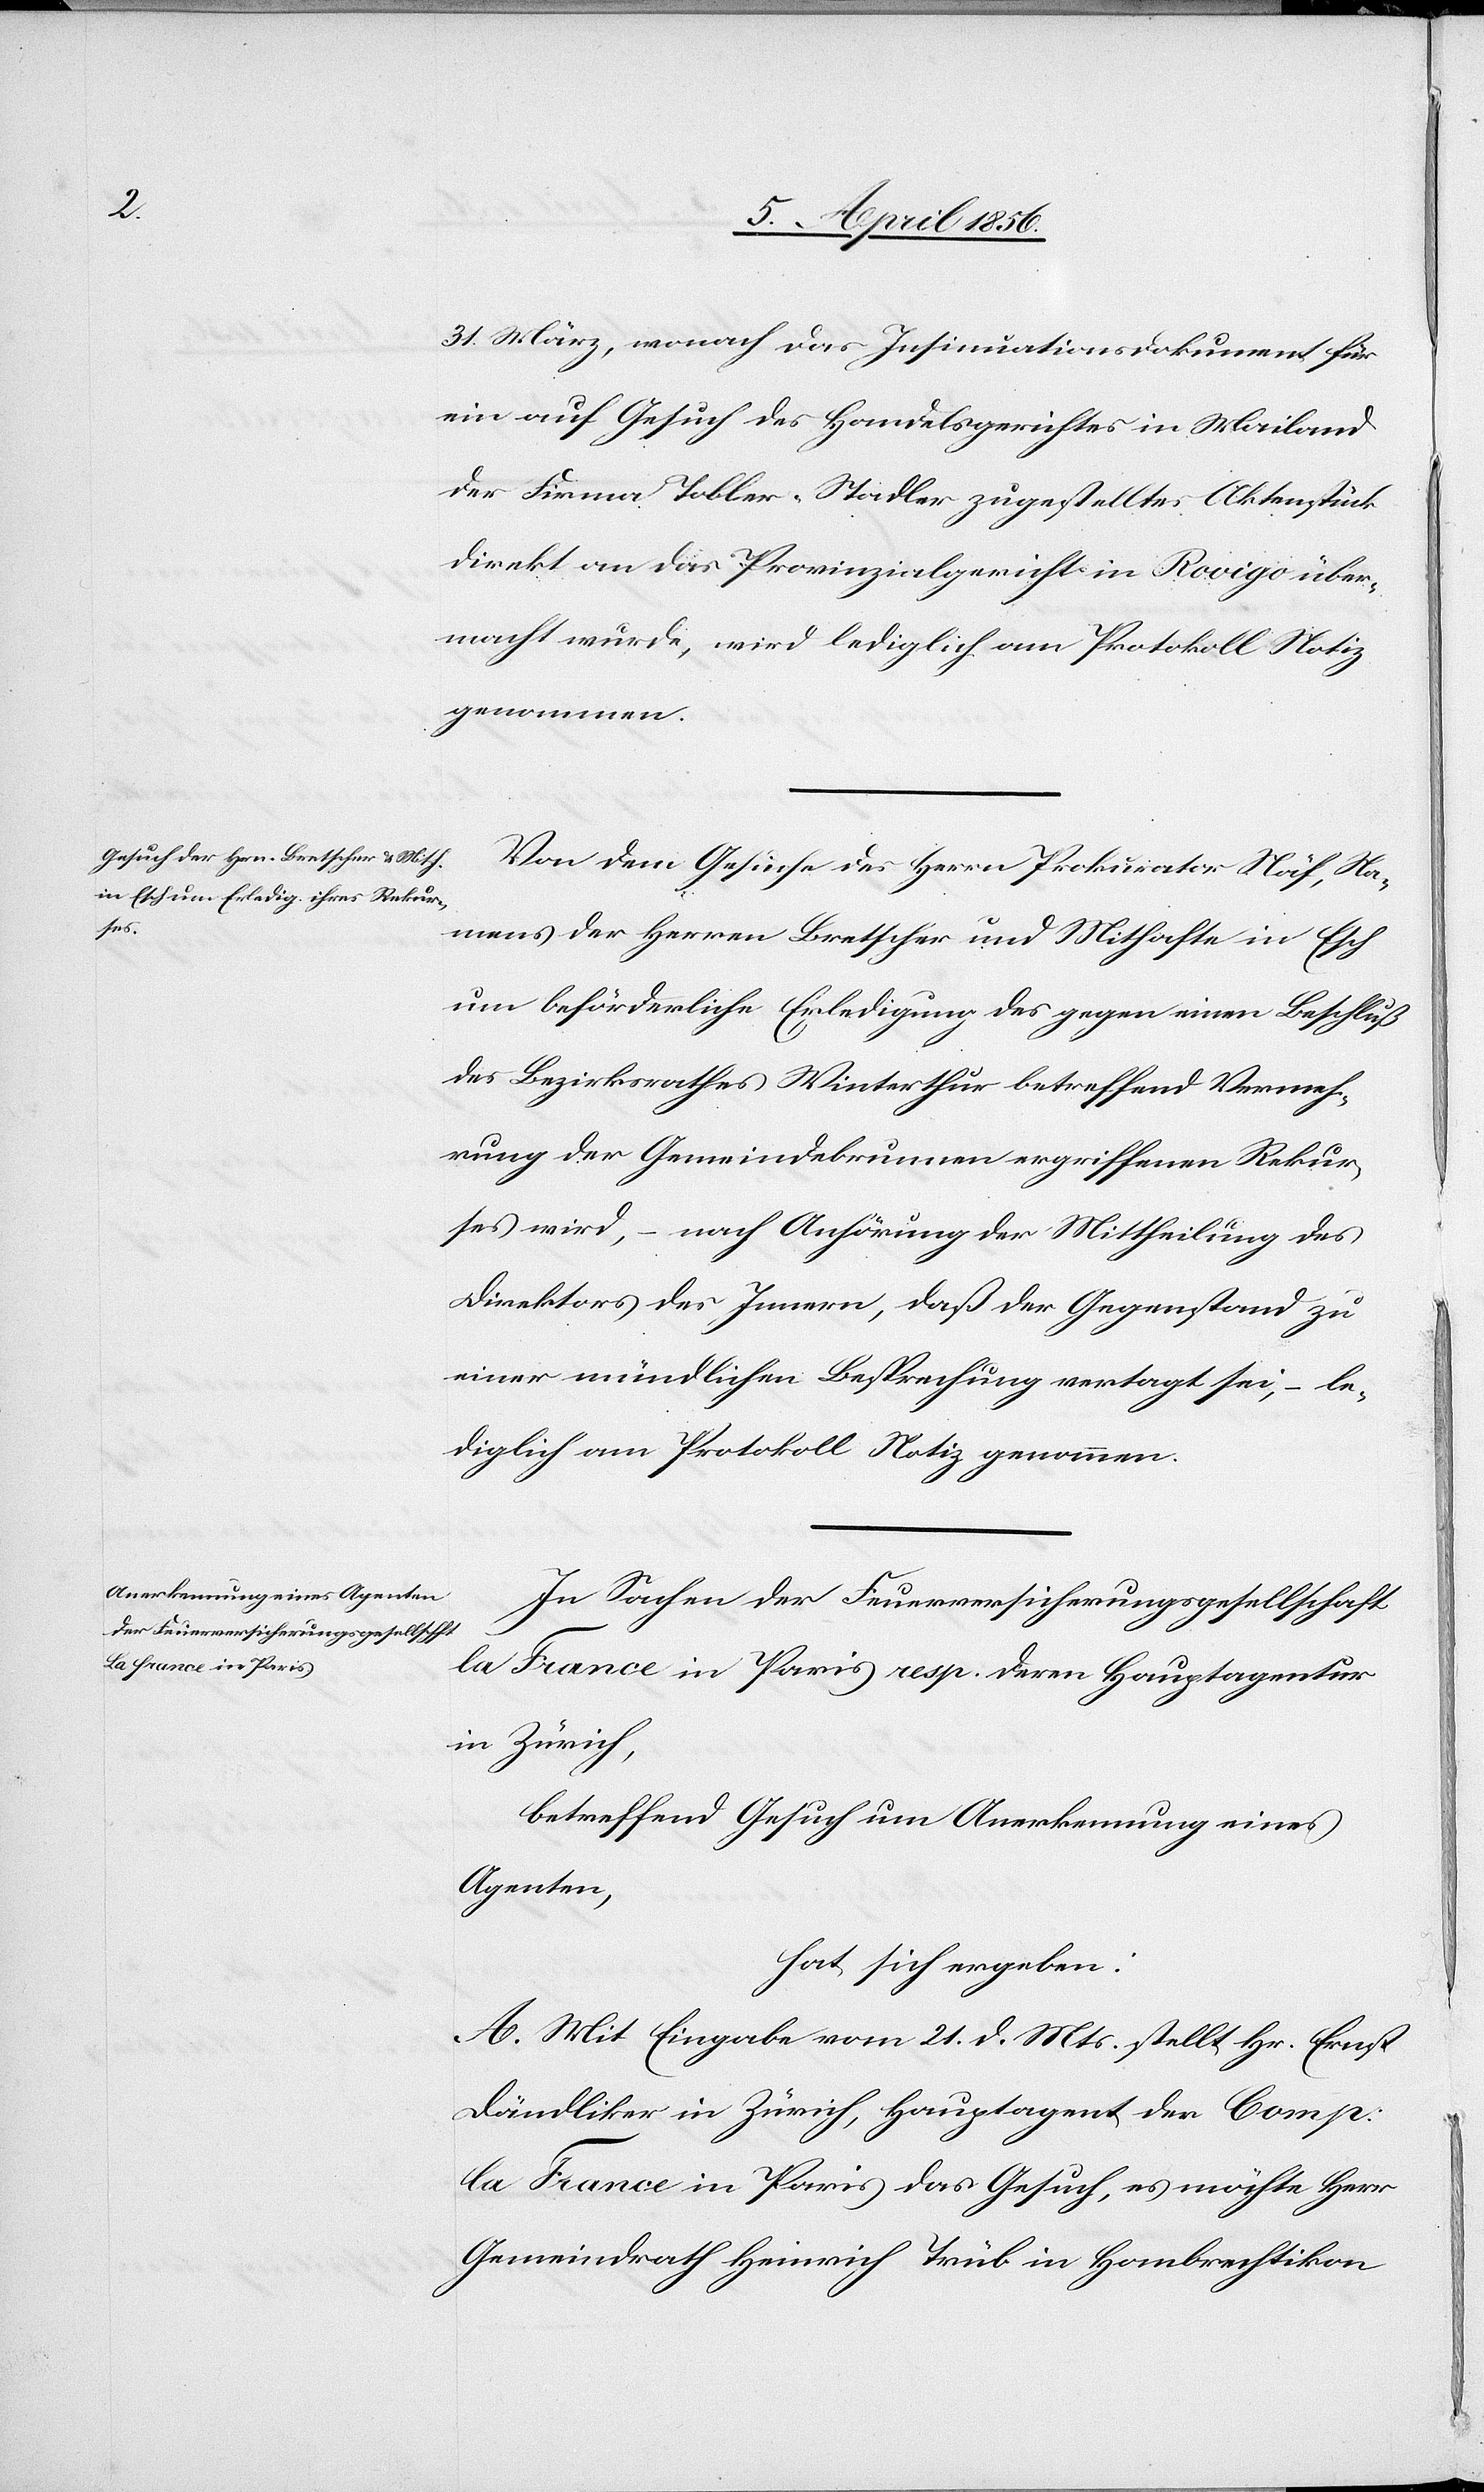
31. März, wonach das Insinuationsdokument für
ein auf Gesuch des Handelsgerichtes in Mailand
der Firma Tobler-Stadler zugestelltes Aktenstück
direkt an das Provinzialgericht in Rovigo über¬
macht wurde, wird lediglich am Protokoll Notiz
genommen.
Von dem Gesuche des Herrn Prokurator Näf, Na¬
mens der Herren Bretscher und Mithafte in Esch
um beförderliche Erledigung des gegen einen Beschluß
des Bezirksrathes Winterthur betreffend Vermeh¬
rung der Gemeindebrunnen ergriffenen Rekur¬
ses wird, – nach Anhörung der Mittheilung des
Direktors des Innern, daß der Gegenstand zu
einer mündlichen Besprechung vertagt sei, – le¬
diglich am Protokoll Notiz genommen.
In Sachen der Feuerversicherungsgesellschaft
la France in Paris resp. deren Hauptagentur
in Zürich,
betreffend Gesuch um Anerkennung eines
Agenten,
hat sich ergeben:
A. Mit Eingabe vom 21. d. Mts. stellt Hr. Ernst
Dändliker in Zürich, Hauptagent der Comp:
la France in Paris das Gesuch, es möchte Herr
Gemeindrath Heinrich Trüb in Hombrechtikon